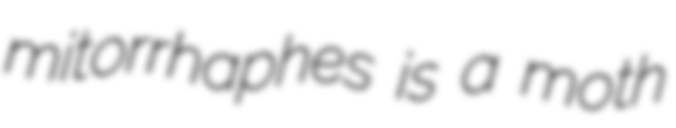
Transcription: mitorrhaphes is a moth